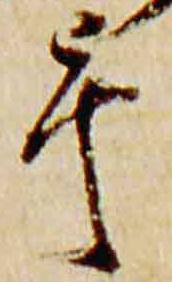
畢